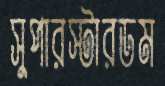
সুপারস্টারডম